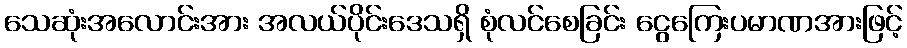
သေဆုံးအလောင်းအား အလယ်ပိုင်းဒေသရှိ စုံလင်စေခြင်း ငွေကြေးပမာဏအားဖြင့်